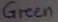
Text: GREEN